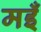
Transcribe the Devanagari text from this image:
मइँ